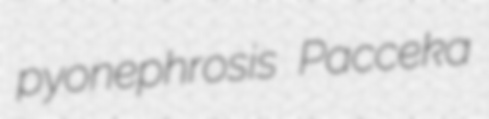
pyonephrosis Pacceka